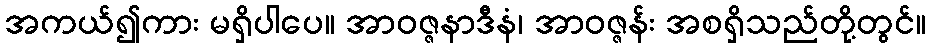
အကယ်၍ကား မရှိပါပေ။ အာဝဇ္ဇနာဒီနံ၊ အာဝဇ္ဇန်း အစရှိသည်တို့တွင်။